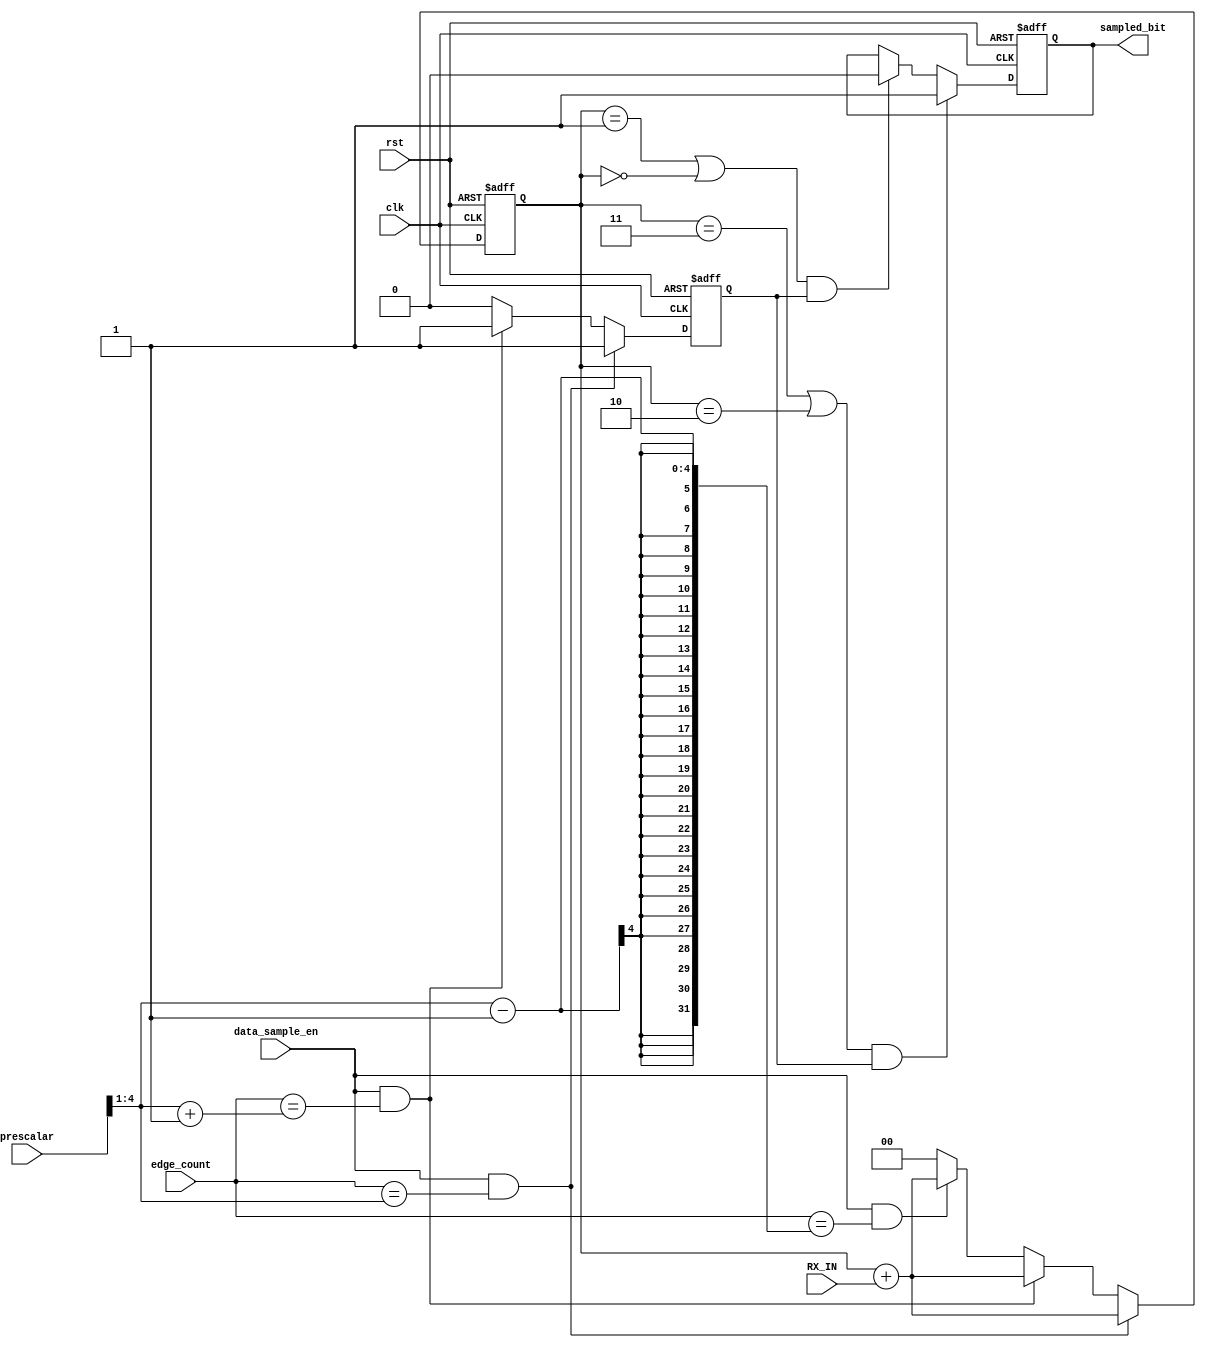
module data_sampling #(parameter prescalar_WIDTH = 3,parameter scaler = 5)
					(
						input wire clk,
						input wire rst,
						input wire[prescalar_WIDTH-1:0] edge_count,//[2:0]
						input wire data_sample_en,
						input wire[scaler-1:0] prescalar,//[4:0]
						input wire RX_IN,
						output reg sampled_bit 
					);
//reg[2:0] sampled_data;
reg[1:0] sampled_count;
wire[scaler-2:0] half;
//reg bit_in;
reg conseq_sampled_bit;
// always @(posedge clk or negedge rst) begin
// 	if(!rst) 
// 		bit_in <= 1'b0;
// 	else
// 		bit_in <= RX_IN;
// end
always @(posedge clk or negedge rst) begin
	 if(!rst) begin
	 	sampled_count <= 2'b00;
	 	conseq_sampled_bit<=1'b0;
	 end
	else if(data_sample_en && edge_count == half) begin
		sampled_count <= sampled_count + RX_IN;
		conseq_sampled_bit<=1'b1;
	end
	else if(data_sample_en && edge_count == half+1)begin
		sampled_count <= sampled_count + RX_IN;
		conseq_sampled_bit<=1'b1;
	end
	else if(data_sample_en && edge_count == half-1)begin
		sampled_count <= sampled_count + RX_IN;
		conseq_sampled_bit<=1'b0; // shouldn't take this in consider as it only one sampling 
	end
	else begin //(edge_count == half-2 || edge_count == half+2)
		sampled_count <= 2'b00;
		conseq_sampled_bit<=1'b0;
	end
end
always @(posedge clk or negedge rst) begin
	if(!rst) begin
		sampled_bit<= 1'b0;
	end
	else if((sampled_count == 2'b11 || sampled_count == 2'b10) && conseq_sampled_bit) begin
		sampled_bit <= 1'b1;
	end
	else if((sampled_count == 2'b01 || sampled_count == 2'b00) && conseq_sampled_bit) begin
		sampled_bit <= 1'b0;
	end
end

assign half = (prescalar>>1);//divide by 2

endmodule